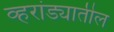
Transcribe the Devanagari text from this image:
व्हरांड्यातील